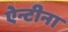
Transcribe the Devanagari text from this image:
ऐन्टीना